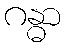
ဂန္ဓာ